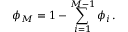
\phi _ { M } = 1 - \sum _ { i = 1 } ^ { M - 1 } \phi _ { i } \, .